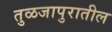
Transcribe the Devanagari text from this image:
तुळजापुरातील